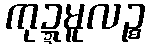
ကုဍ္ဍမူလဉ္စ